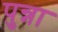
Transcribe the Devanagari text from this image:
पुन्ना